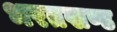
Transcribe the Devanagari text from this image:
भरतखण्ड